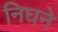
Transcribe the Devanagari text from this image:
निघने